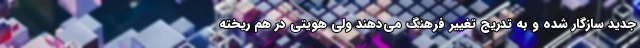
جدید سازگار شده و به تدریج تغییر فرهنگ می‌دهند ولی هویتی در هم ریخته